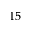
1 5